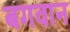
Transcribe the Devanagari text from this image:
बगवान